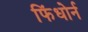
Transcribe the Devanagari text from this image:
फिंधोर्न